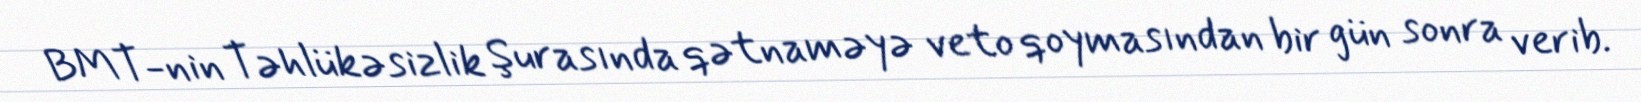
BMT-nin Təhlükəsizlik Şurasında qətnaməyə veto qoymasından bir gün sonra verib.